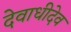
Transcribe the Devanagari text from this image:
देवाधीदेव